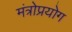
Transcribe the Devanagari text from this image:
मंत्रोप्रयोग